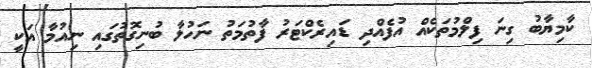
ކާމިޔާބު ގިނަ ފިލްމުތަކެއް އުފެއްދި ޑައިރެކްޓަރު ފާތުމަތު ނަހުލާ ބުނިގޮތުގައި ނިއުމާ އަކީ